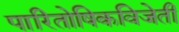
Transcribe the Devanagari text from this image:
पारितोषिकविजेती